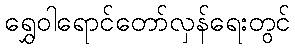
ရွှေဝါရောင်တော်လှန်ရေးတွင်